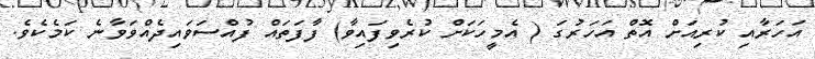
އަހަރާއި ކުރިއަށް އޮތް އަހަރުގަ ( އެމީހަކަށް ކުރެވިފައިވާ) ފާފަތައް ފުއްސަވައިދެއްވަވާނެ ކަމެކެވެ.